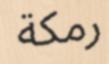
رمكة